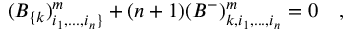
( B _ { \{ k } ) _ { i _ { 1 } , . . . , i _ { n } \} } ^ { m } + ( n + 1 ) ( B ^ { - } ) _ { k , i _ { 1 } , . . . , i _ { n } } ^ { m } = 0 ~ ~ ~ ,